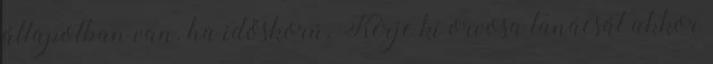
állapotban van. ha időskorú. Kérje ki orvosa tanácsát akkor